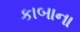
કાબાના